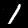
Label: 1